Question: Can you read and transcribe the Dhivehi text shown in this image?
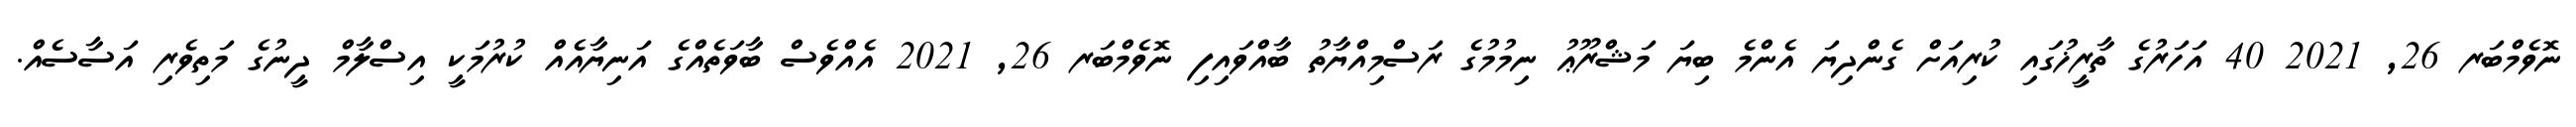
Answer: ނޮވެމްބަރ 26, 2021 40 އަހަރުގެ ތާރީޚުގައި ކުރިއަށް ގެންދިޔަ އެންމެ ބިޔަ މަޝްރޫޢު ނިމުމުގެ ރަސްމިއްޔާތު ބާއްވައިފި ނޮވެމްބަރ 26, 2021 އެއްވެސް ބާވަތެއްގެ އަނިޔާއެއް ކުރުމަކީ އިސްލާމް ދީނުގެ މަތިވެރި އަސާސެއް.